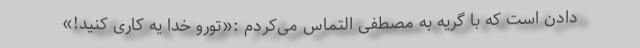
دادن است که با گریه به مصطفی التماس می‌کردم :«تورو خدا یه کاری کنید!»